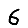
Digit: 6